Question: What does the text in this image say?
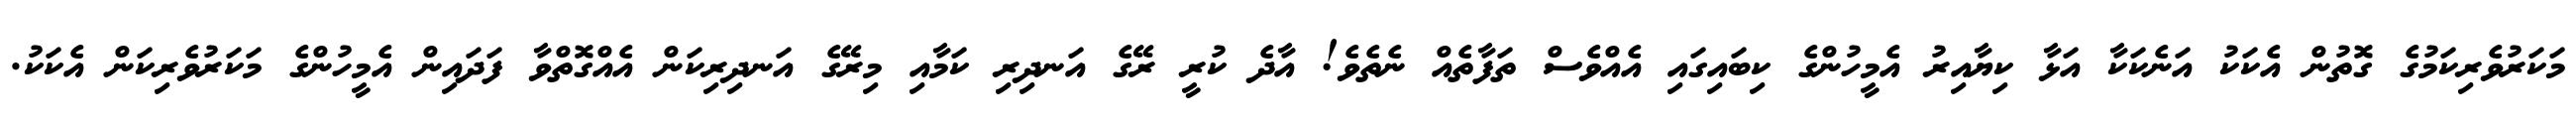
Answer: މަކަރުވެރިކަމުގެ ގޮތުން އެކަކު އަނެކަކާ އަޅާ ކިޔާއިރު އެމީހުންގެ ކިބައިގައި އެއްވެސް ތަފާތެއް ނެތެވެ! އާދެ ކުރީ ރޭގެ އަނދިރި ކަމާއި މިރޭގެ އަނދިރިކަން އެއްގޮތްވާ ފަދައިން އެމީހުންގެ މަކަރުވެރިކަން އެކަކު.